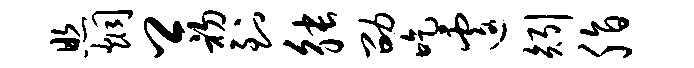
照炯卿初到觖劭吃遽矧脂